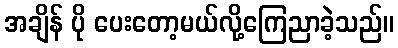
အချိန် ပို ပေးတော့မယ်လို့ကြေညာခဲ့သည်။